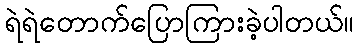
ရဲရဲတောက်ပြောကြားခဲ့ပါတယ်။